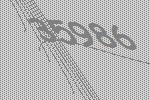
35986